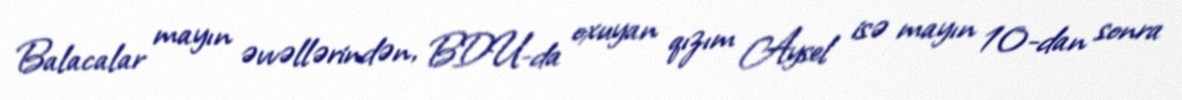
Balacalar mayın əvvəllərindən, BDU-da oxuyan qızım Aysel isə mayın 10-dan sonra